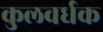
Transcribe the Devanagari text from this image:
कुलवर्धक